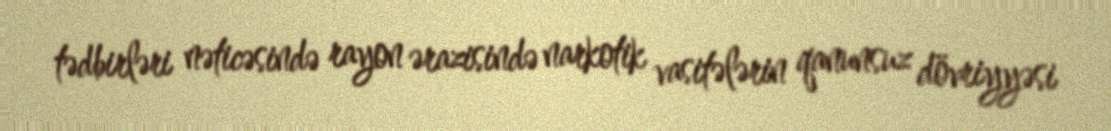
tədbirləri nəticəsində rayon ərazisində narkotik vasitələrin qanunsuz dövriyyəsi